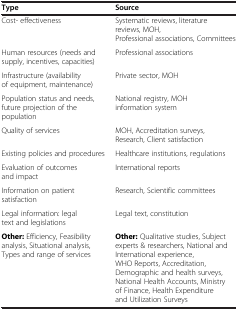
<table><thead><tr><td><b>Type</b></td><td><b>Source</b></td></tr></thead><tbody><tr><td>Cost- effectiveness</td><td>Systematic reviews, literature reviews, MOH, Professional associations, Committees</td></tr><tr><td>Human resources (needs and supply, incentives, capacities)</td><td>Professional associations</td></tr><tr><td>Infrastructure (availability of equipment, maintenance)</td><td>Private sector, MOH</td></tr><tr><td>Population status and needs, future projection of the population</td><td>National registry, MOH information system</td></tr><tr><td>Quality of services</td><td>MOH, Accreditation surveys, Research, Client satisfaction</td></tr><tr><td>Existing policies and procedures</td><td>Healthcare institutions, regulations</td></tr><tr><td>Evaluation of outcomes and impact</td><td>International reports</td></tr><tr><td>Information on patient satisfaction</td><td>Research, Scientific committees</td></tr><tr><td>Legal information: legal text and legislations</td><td>Legal text, constitution</td></tr><tr><td><b>Other:</b> Efficiency, Feasibility analysis, Situational analysis, Types and range of services</td><td><b>Other:</b> Qualitative studies, Subject experts &amp; researchers, National and International experience, WHO Reports, Accreditation, Demographic and health surveys, National Health Accounts, Ministry of Finance, Health Expenditure and Utilization Surveys</td></tr></tbody></table>